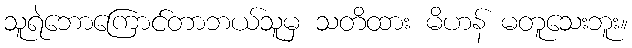
သူရဲဘောကြောင်တာဘယ်သူမှ သတိထား မိဟန် မတူသေးဘူး။